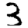
Digit: 3